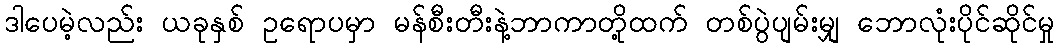
ဒါပေမဲ့လည်း ယခုနှစ် ဥရောပမှာ မန်စီးတီးနဲ့ဘာကာတို့ထက် တစ်ပွဲပျမ်းမျှ ဘောလုံးပိုင်ဆိုင်မှု